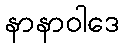
နာနာဝါဒေ